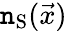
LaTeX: \mathtt{n}_{\mathrm{{S}}}(\vec{{x}})